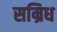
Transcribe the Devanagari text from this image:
सम्रिध